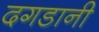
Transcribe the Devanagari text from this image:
दगडानी